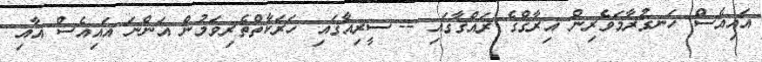
އައިއެސް ހަނގުރާމަވެރިން އިރާޤްގެ ރައްޤާގައި -- ސީރިއާގައި ހަރަކާތްތެރިވަމުން އަންނަ އައިއެސް އާއި